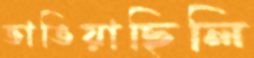
ভাঙিয়াছিলি